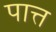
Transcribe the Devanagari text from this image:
पात्त